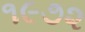
૧૯૭૨